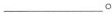
___。